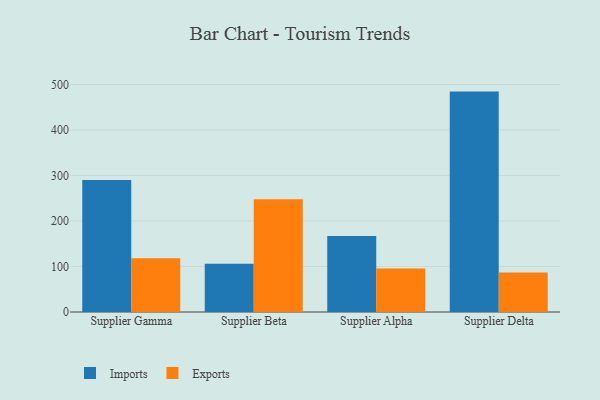
{"axis": {"x": "Supplier", "y": "Tickets Resolved"}, "legend": ["Exports", "Imports"], "data": [{"x": "Supplier Gamma", "y": 290.2, "type": "Imports"}, {"x": "Supplier Gamma", "y": 118.3, "type": "Exports"}, {"x": "Supplier Beta", "y": 106.0, "type": "Imports"}, {"x": "Supplier Beta", "y": 247.7, "type": "Exports"}, {"x": "Supplier Alpha", "y": 166.8, "type": "Imports"}, {"x": "Supplier Alpha", "y": 95.5, "type": "Exports"}, {"x": "Supplier Delta", "y": 484.3, "type": "Imports"}, {"x": "Supplier Delta", "y": 87.0, "type": "Exports"}]}